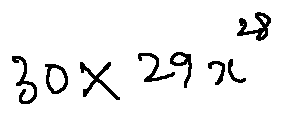
3 0 \times 2 9 x ^ { 2 8 }